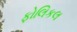
ફોલિકલ